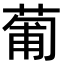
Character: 葡